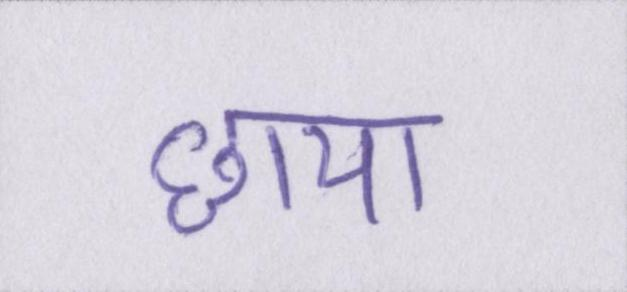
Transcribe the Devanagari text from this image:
छाया